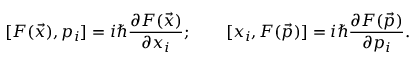
[ F ( { \vec { x } } ) , p _ { i } ] = i \hbar { \frac { \partial F ( { \vec { x } } ) } { \partial x _ { i } } } ; \qquad [ x _ { i } , F ( { \vec { p } } ) ] = i \hbar { \frac { \partial F ( { \vec { p } } ) } { \partial p _ { i } } } .